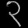
Digit: ၃